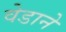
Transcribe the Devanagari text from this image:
वेडाने